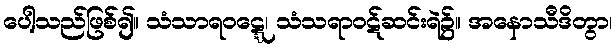
ပေါ့သည်ဖြစ်၍။ သံသာရဝဋ္ဋေ၊ သံသရာဝဋ်ဆင်းရဲ၌။ အနောသီဒိတွာ၊